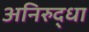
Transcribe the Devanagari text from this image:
अनिरुद्धा